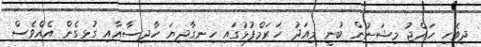
ދިވެހި ހައްޖު މިޝަނުން ބުނީ މިއަދު ހަރަމްފުޅުގައި ހިނގާދިޔަ ހާދިސާއާއި ގުޅިގެން އެއްވެސް